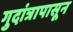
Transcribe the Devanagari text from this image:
गुदांत्रापासून